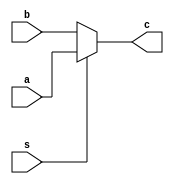
module mux (c,a,b,s);
input a,b,s;
output c;

assign c=(s)?a:b; // This is a behavioral style

endmodule